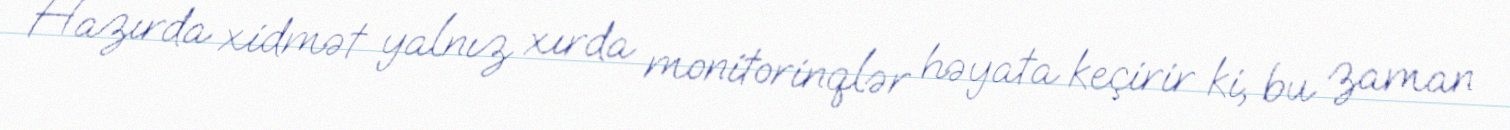
Hazırda xidmət yalnız xırda monitorinqlər həyata keçirir ki, bu zaman